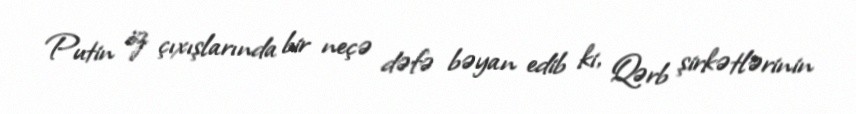
Putin öz çıxışlarında bir neçə dəfə bəyan edib ki, Qərb şirkətlərinin